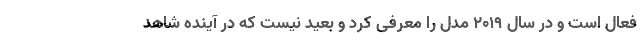
فعال است و در سال 2019 مدل را معرفی کرد و بعید نیست که در آینده شاهد